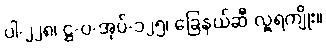
ပါ-၂၂၈၊ ဋ္ဌ-ပ-အုပ်-၁၂၅၊ ခြေနယ်ဆီ လှူရကျိုး။